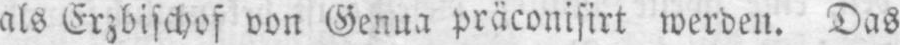
präconisirt werden. Das